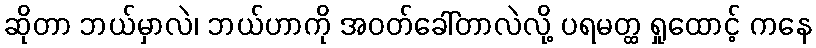
ဆိုတာ ဘယ်မှာလဲ၊ ဘယ်ဟာကို အဝတ်ခေါ်တာလဲလို့ ပရမတ္ထ ရှုထောင့် ကနေ